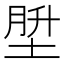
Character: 𪣪